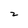
Character: 2